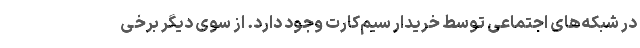
در شبکه‌های اجتماعی توسط خریدار سیم‌کارت وجود دارد. از سوی دیگر برخی